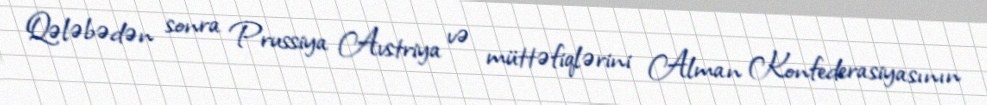
Qələbədən sonra Prussiya Avstriya və müttəfiqlərini Alman Konfederasiyasının